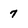
Character: 7